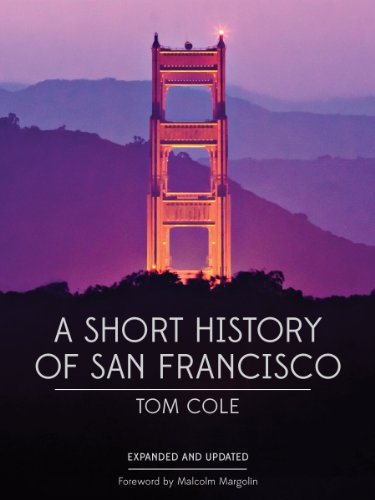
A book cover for A Short History of San Francisco; Tom Cole; History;